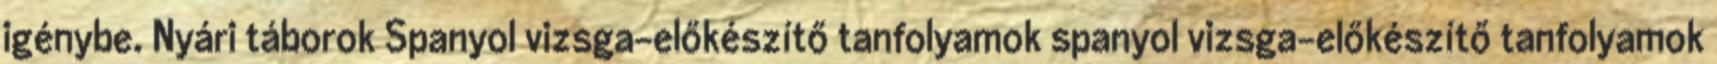
igénybe. Nyári táborok Spanyol vizsga-előkészítő tanfolyamok spanyol vizsga-előkészítő tanfolyamok